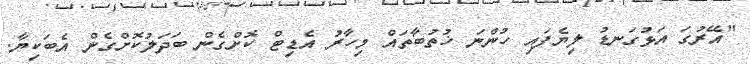
"އޭރުގަ އަޅުގަނޑު ލިޔެފައި ހުންނަ ޚުތުބާތައް މިހާރު އެޑިޓް ކޮށްގެން ބަދަލުކޮށްގެން އެބަކިޔާ.